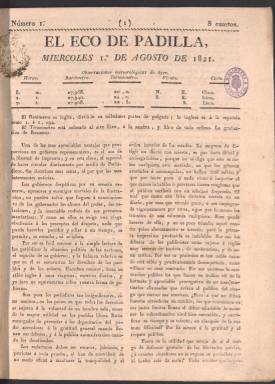
Título: El Eco de Padilla
Colección: Periódicos anteriores a 1850
Ámbito geográfico: Madrid
Lugar de publicación: Madrid
Fechas: 01/01/1821-31/12/1821